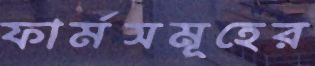
ফার্মসমূহের